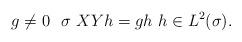
LaTeX: \begin{align*} g\neq 0 \ \ \sigma \ XYh=gh \ h\in L^2(\sigma).\end{align*}